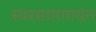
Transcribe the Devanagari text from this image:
स्वरसामगायन